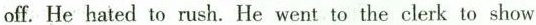
off.He hated 1 o rush. He went to the clerk to show